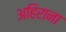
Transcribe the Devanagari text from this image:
अहिराना